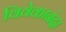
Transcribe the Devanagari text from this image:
विवेकानंदा